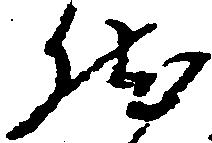
然